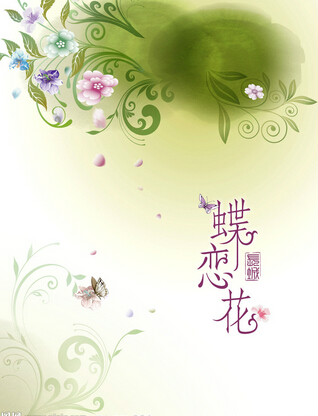
月到东南秋正半。双阙中间，浩荡流银汉。